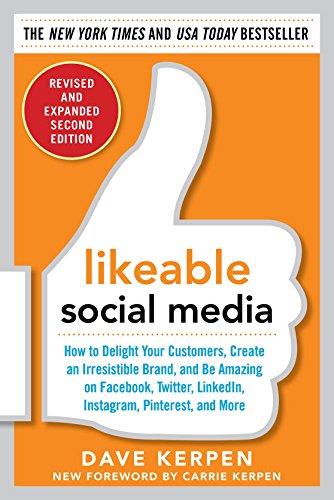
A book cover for Likeable Social Media, Revised and Expanded: How to Delight Your Customers, Create an Irresistible Brand, and Be Amazing on Facebook, Twitter, LinkedIn, Instagram, Pinterest, and More; Dave Kerpen; Computers & Technology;